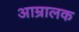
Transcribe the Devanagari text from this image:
आम्रालक